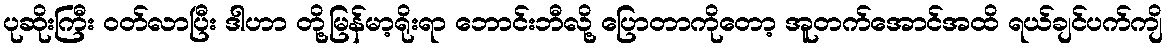
ပုဆိုးကြီး ဝတ်လာပြီး ဒါဟာ တို့မြန်မာ့ရိုးရာ ဘောင်းဘီလို့ ပြောတာကိုတော့ အူတက်အောင်အထိ ရယ်ချင်ပက်ကျိ